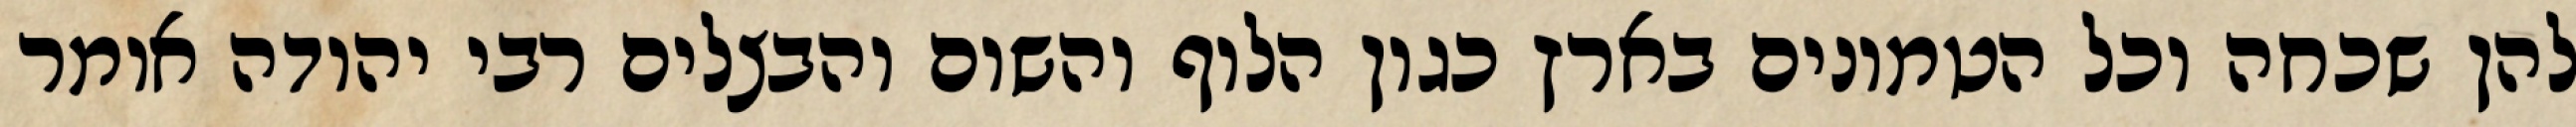
להן שכחה וכל הטמונים בארץ כגון הלוף והשום והבצלים רבי יהודה אומר